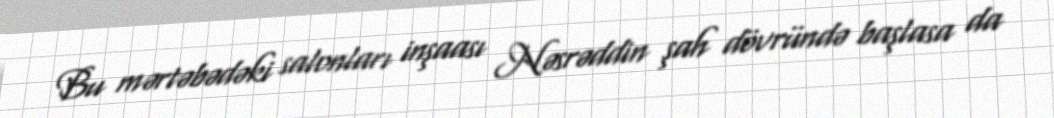
Bu mərtəbədəki salonları inşaası Nəsrəddin şah dövründə başlasa da